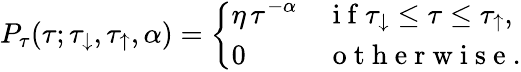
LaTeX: P_{\tau}(\tau;\tau_{\downarrow},\tau_{\uparrow},\alpha)=\left\{ \begin{array}{ll}{\displaystyle\eta\, \tau^{-\alpha}}&{\mathrm{~i~f~}\tau_{\downarrow}\leq\tau\leq\tau_{\uparrow},}\\ {0}&{\mathrm{~o~t~h~e~r~w~i~s~e~}.}\end{array}\right.